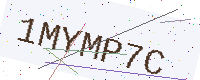
Text: 1MYMP7C